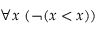
\forall x \ ( \neg ( x < x ) )